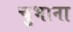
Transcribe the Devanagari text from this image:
चुभाना